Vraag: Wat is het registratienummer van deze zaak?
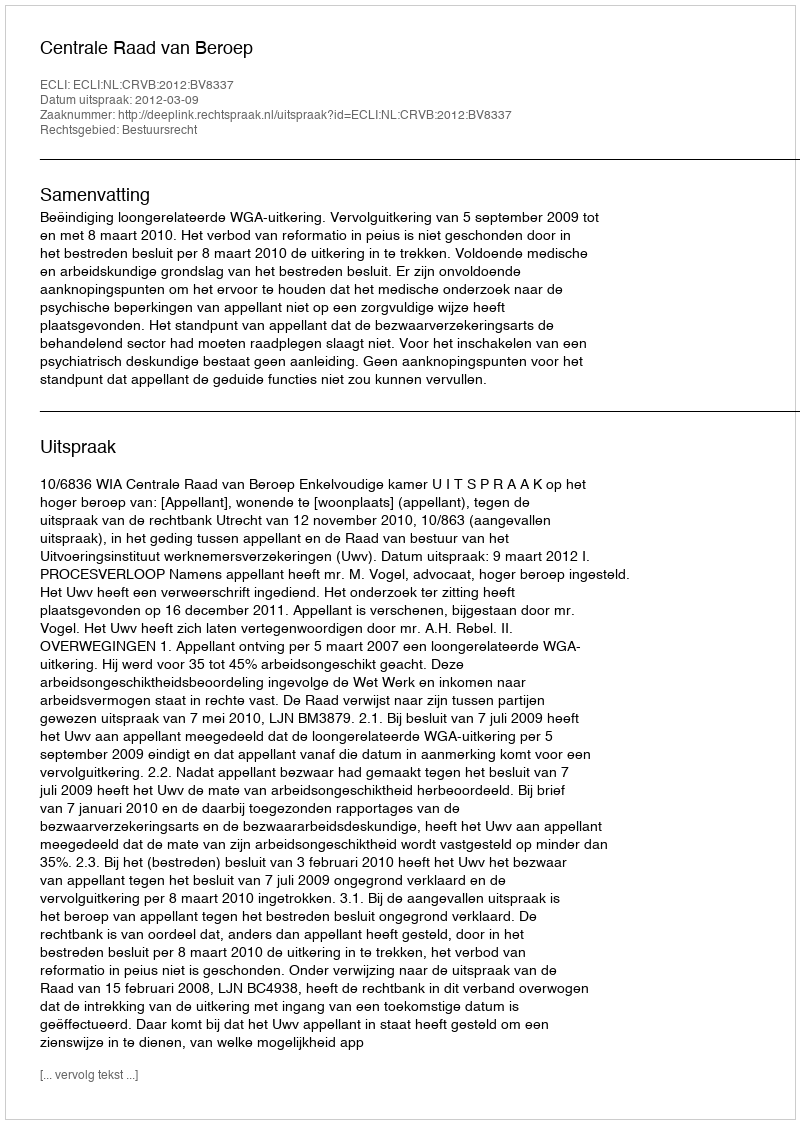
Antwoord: http://deeplink.rechtspraak.nl/uitspraak?id=ECLI:NL:CRVB:2012:BV8337